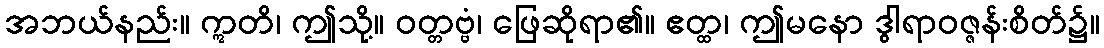
အဘယ်နည်း။ ဣတိ၊ ဤသို့။ ဝတ္တဗ္ဗံ၊ ဖြေဆိုရာ၏။ ဧတ္ထ၊ ဤမနော ဒွါရာဝဇ္ဇန်းစိတ်၌။